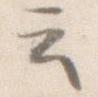
云